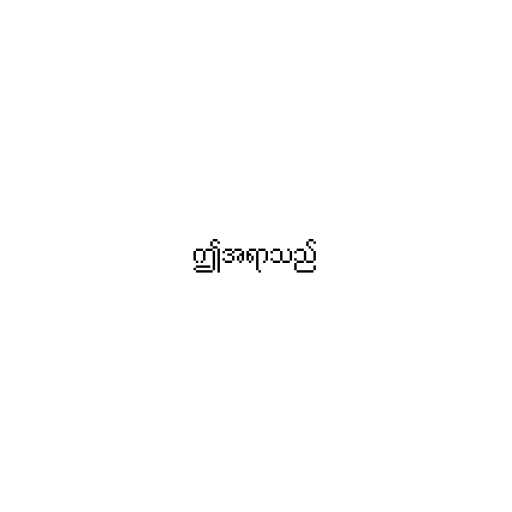
ဤအရာသည်